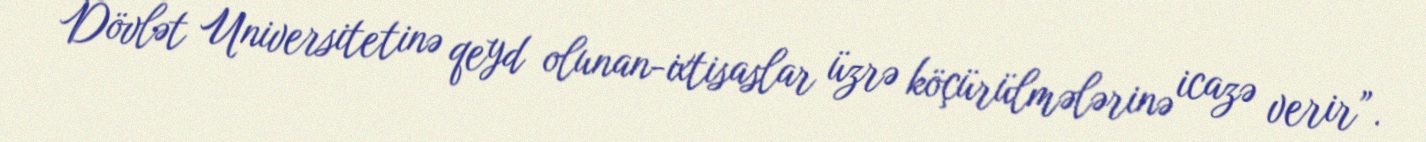
Dövlət Universitetinə qeyd olunan-ixtisaslar üzrə köçürülmələrinə icazə verir”.